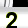
Digit: 2